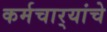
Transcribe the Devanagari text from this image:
कर्मचार्‍यांचे